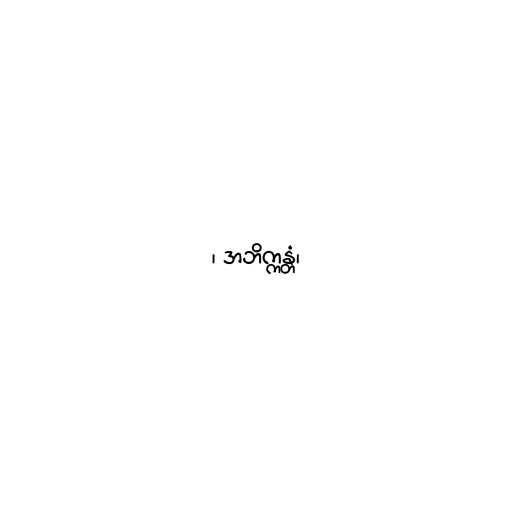
၊ အဘိက္ကန္တံ၊